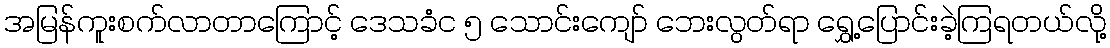
အမြန်ကူးစက်လာတာကြောင့် ဒေသခံင ၅ သောင်းကျော် ဘေးလွတ်ရာ ရွှေ့ပြောင်းခဲ့ကြရတယ်လို့